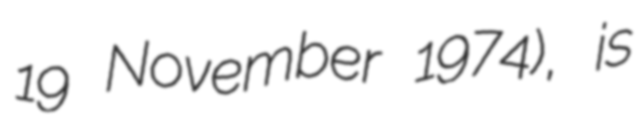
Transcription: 19 November 1974), is